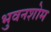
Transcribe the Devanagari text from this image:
भुवनशोम